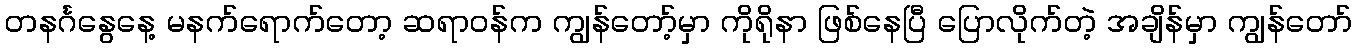
တနင်္ဂနွေနေ့ မနက်ရောက်တော့ ဆရာဝန်က ကျွန်တော့်မှာ ကိုရိုနာ ဖြစ်နေပြီ ပြောလိုက်တဲ့ အချိန်မှာ ကျွန်တော်